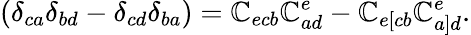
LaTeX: (\delta_{ca}\delta_{bd}-\delta_{cd}\delta_{ba})=\mathbb{C}_{ecb}\mathbb{C}_{ad}^{e}-\mathbb{C}_{e[cb}\mathbb{C}_{a]d}^{e}.